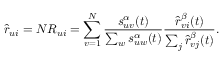
\hat { r } _ { u i } = N R _ { u i } = \sum _ { v = 1 } ^ { N } \frac { s _ { u v } ^ { \alpha } ( t ) } { \sum _ { w } s _ { u w } ^ { \alpha } ( t ) } \frac { \hat { r } _ { v i } ^ { \beta } ( t ) } { \sum _ { j } \hat { r } _ { v j } ^ { \beta } ( t ) } .